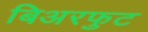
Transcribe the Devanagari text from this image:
बिअरफुट